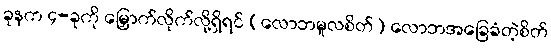
ခုနက ၄-ခုကို မြှောက်လိုက်လို့ရှိရင် (လောဘမူလစိတ်) လောဘအခြေခံတဲ့စိတ်